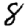
Digit: 8